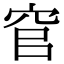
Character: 𮃻